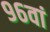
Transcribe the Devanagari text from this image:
९६वां